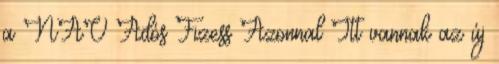
a NAV Adós Fizess Azonnal Itt vannak az új